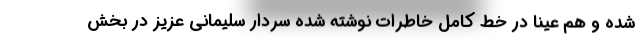
شده و هم عیناً در خط کامل خاطرات نوشته شده سردار سلیمانی عزیز در بخش